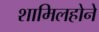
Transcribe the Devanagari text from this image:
शामिलहोने